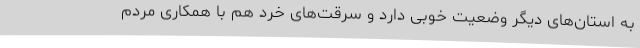
به استان‌های دیگر وضعیت خوبی دارد و سرقت‌های خرد هم با همکاری مردم